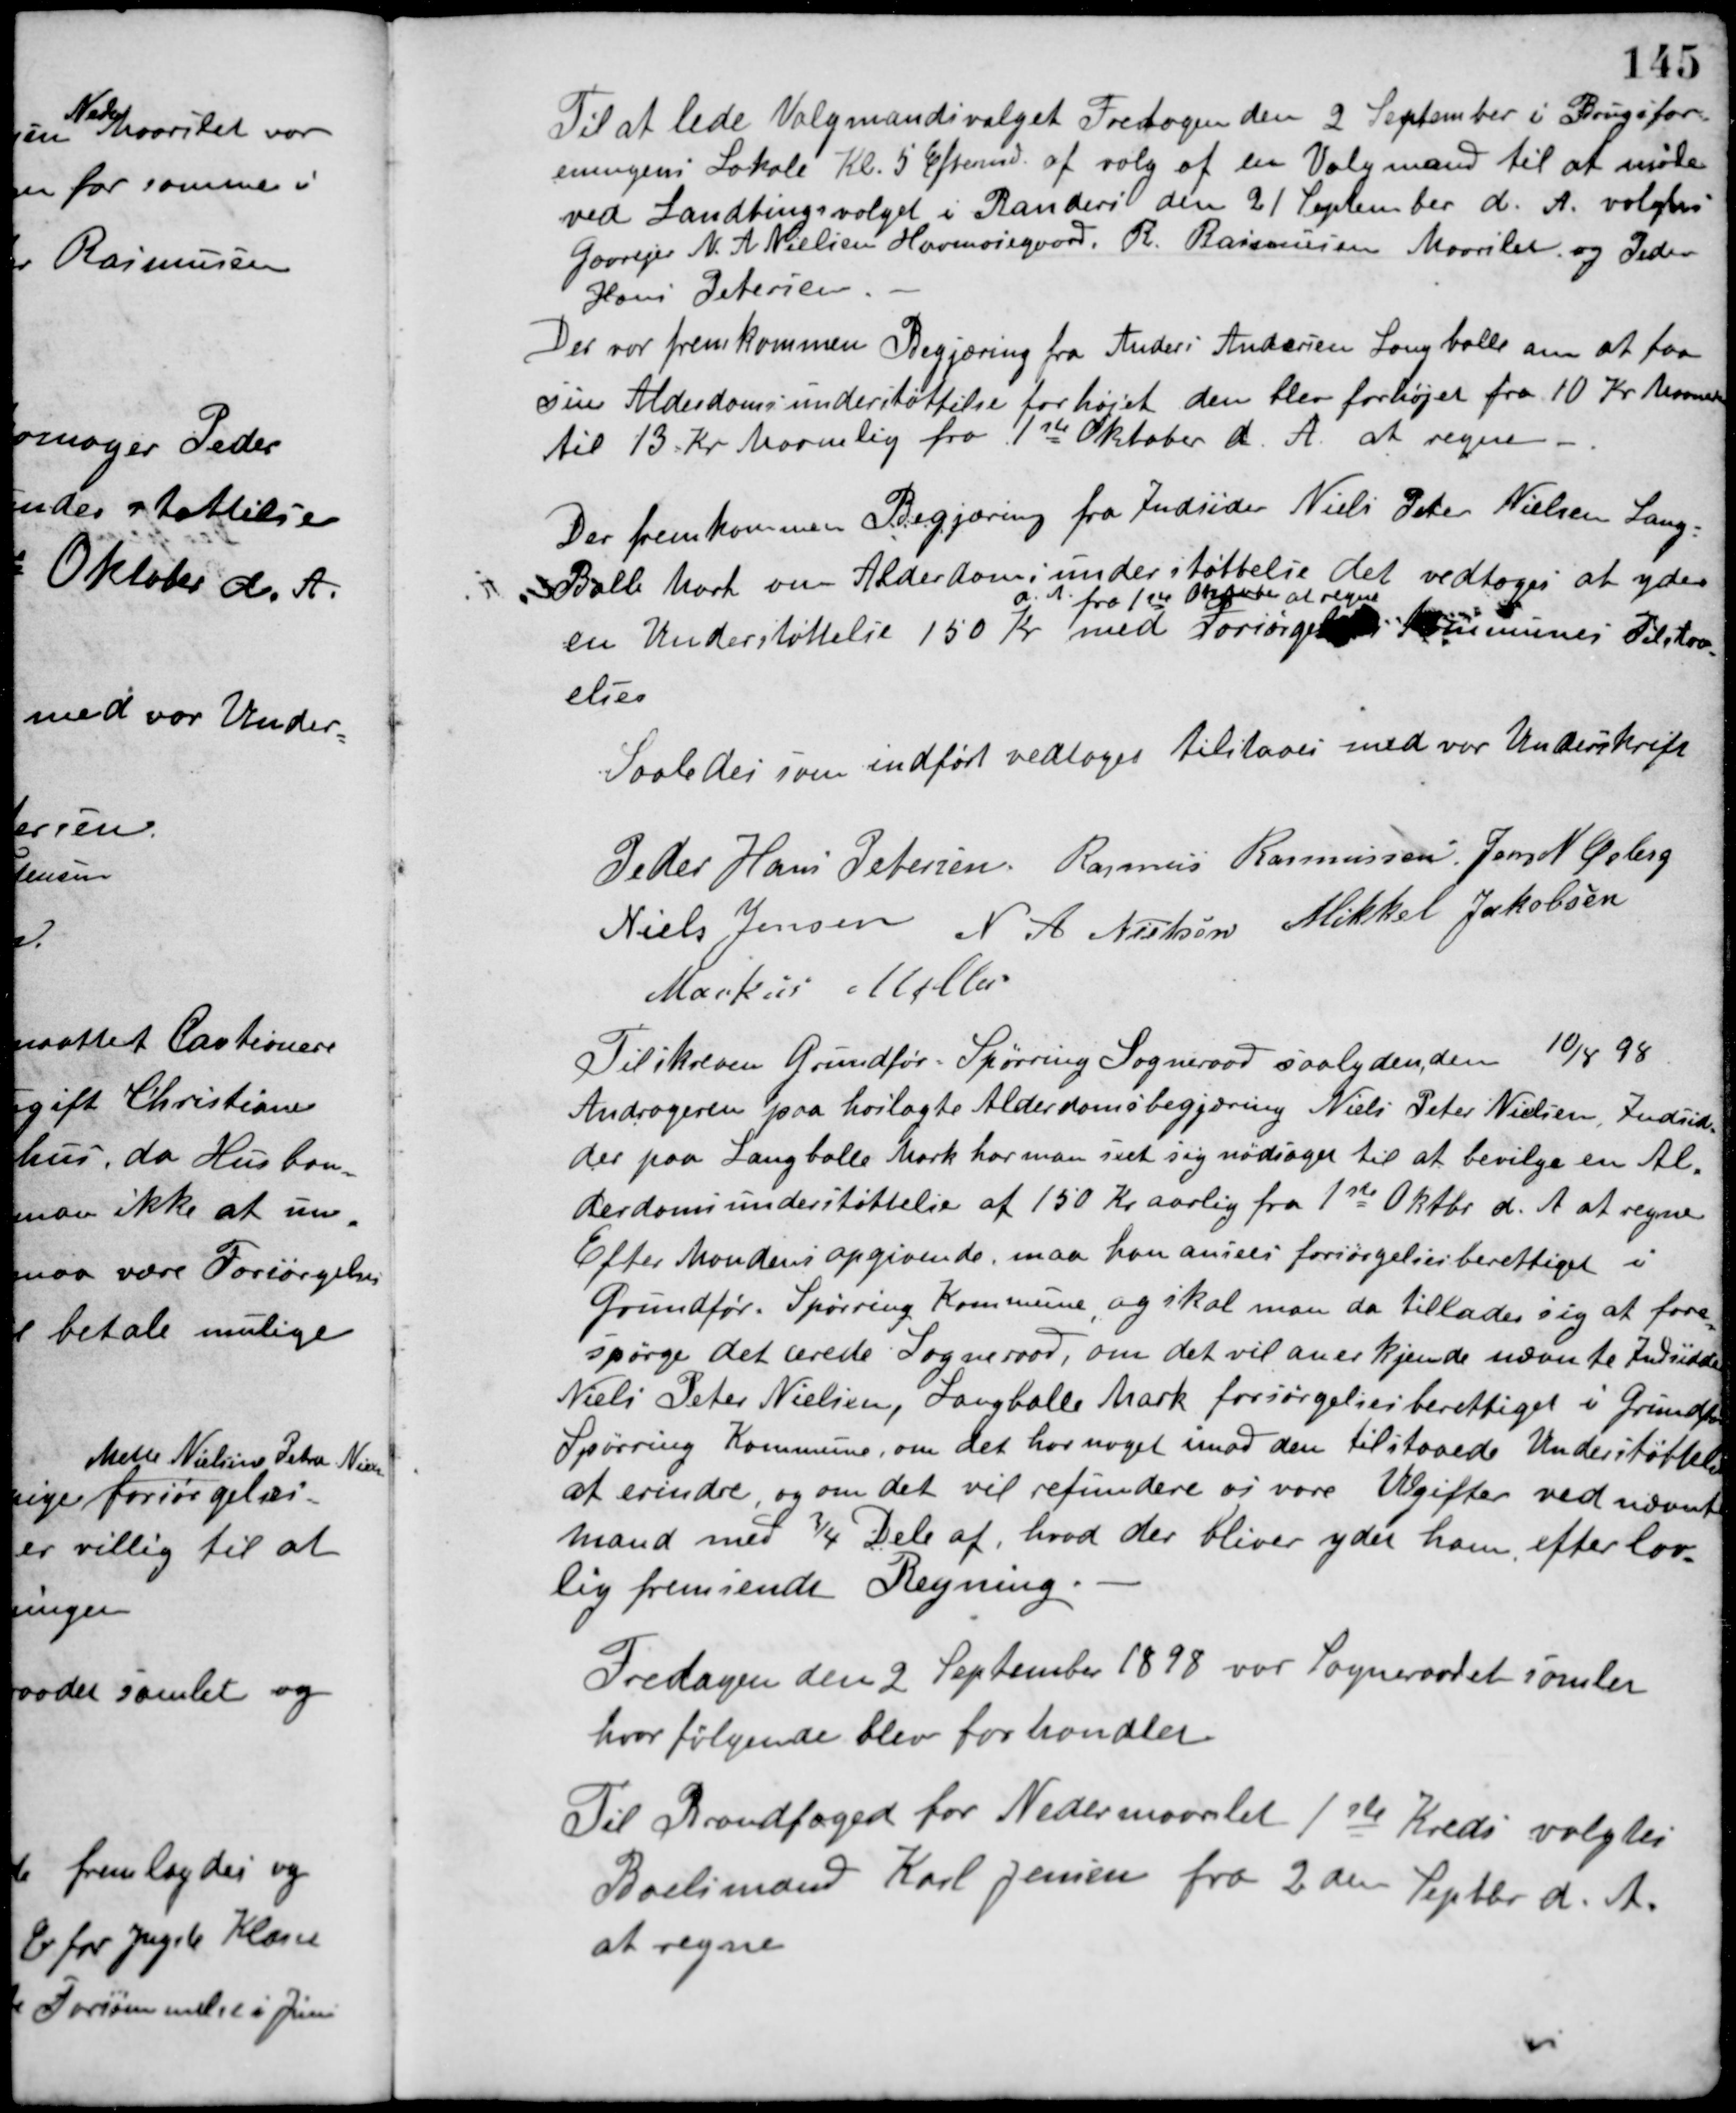
Transskription:
Til at lede Valgmandsvalget Fredagen den 2 September i Brugsfor-
eningens Lokale Kl. 5 Eftermd. af valg af en Valgmand til at møde
ved Landtingsvalget i Randers den 21 September d. A. valgtes
Gaardejer N. A. Nielsen Havmosegaard, R. Rasmussen Maarslet og Peder
Hans Petersen.
Der var fremkommen Begjæring fra Anders Andersen Langballe om at faa
sin Alderdomsunderstøttelse forhøjet den blev forhøjet fra 10 Kr. Maanedlig
til 13 Kr. Maanedlig fra 1ste Oktober d. A. at regne.
Der fremkommen Begjæring fra Indsider Niels Peter Nielsen Lang-
Balle Mark om Alderdomsunderstøttelse det vedtoges at yde
en Understøttelse 150 Kr.
d. A. fra 1ste Oktober at regne
med Forsørgelseskommunens Tiltræd-
else.
Saaledes som indført vedtaget tilstaaes med vor Underskrift
Peder Hans Petersen Rasmus Rasmussen Jens N. Østerg.
Niels Jensen N. A. Nielsen Mikkel Jakobsen
Markus Møller
Tilskreven Grundfør-Spørring Sogneraad saalydende 10/8 98
Andrageren paa hoslagte Alderdomsbegjæring Niels Peter Nielsen, Indsid-
der paa Langballe Mark har man seet sig nødsager til at bevilge en Al-
derdomsunderstøttelse af 150 Kr. aarlig fra 1ste Oktbr. d. A. at regne.
Efter Mandens opgivende, maa han ansees forsørgelsesberettiget i
Grundfør-Spørring Kommune, og skal man da tillader sig at fore-
spørge det ærede Sogneraad, om det vil anerkjende nævnte Indsidder
Niels Peter Nielsen, Langballe Mark forsørgelsesberettiget i Grundfør-
Spørring Kommune, om det har noget imod den tilstaaede Understøttelse
at erindre, og om det vil refundere os vore Udgifter ved nævnte
mand med 3/4 Dele af, hvod der bliver ydet ham efter lov-
lig fremsendt Regning.
Fredagen den 2 September 1898 var Sogneraadet samlet
hvor følgende blev forhandlet.
Til Brandfoged for Nedermaarslet 1ste Kreds valgtes
Boelsmand Karl Jensen fra 2den Septbr. d. A.
at regne.